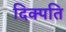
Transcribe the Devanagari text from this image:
दिक्पति